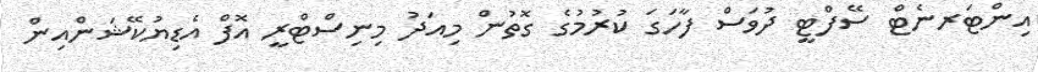
އިންޓަރނެޓް ސޭފްޓީ ދުވަސް ފާހަގަ ކުރުމުގެ ގޮތުން މިއަދު މިނިސްޓްރީ އޮފް އެޑިޔުކޭޝަންއިން